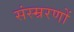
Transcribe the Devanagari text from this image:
संस्म्ररणों